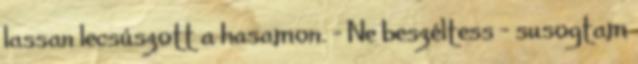
lassan lecsúszott a hasamon. - Ne beszéltess - susogtam